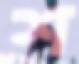
শ